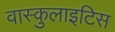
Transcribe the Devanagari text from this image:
वास्कुलाइटिस